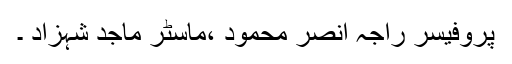
پروفیسر راجہ انصر محمود ،ماسٹر ماجد شہزاد ۔